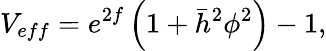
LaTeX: V_{eff}=e^{2f}\left(1+\bar{h}^{2}\phi^{2}\right)-1,